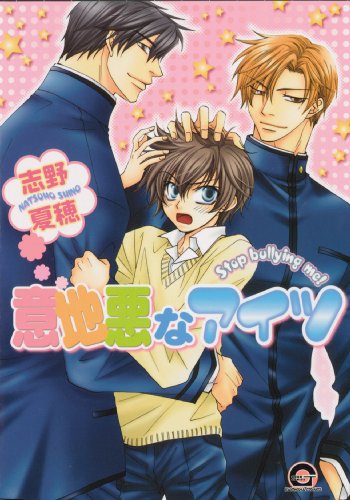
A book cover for Stop Bullying Me! (Yaoi) (Yaoi Manga); Natsuho Shino; Comics & Graphic Novels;